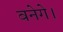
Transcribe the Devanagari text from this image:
बनेगे।